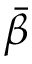
\bar { \beta }